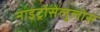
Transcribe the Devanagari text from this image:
नाइट्रोसेलूलोस